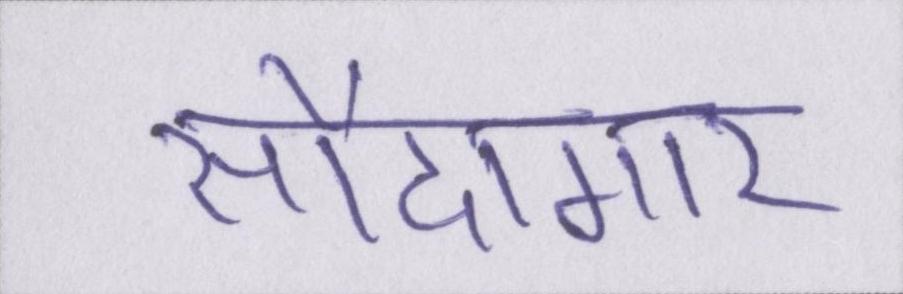
सौदागार